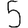
Digit: 5